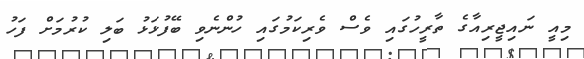
މިއީ ނައިޖީރިއާގެ ތާރީހުގައި ވެސް ވެރިކަމުގައި ހުންނެވި ބޭފުޅަޅު ބަލި ކުރުމަށް ފަހު